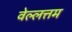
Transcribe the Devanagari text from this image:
वेल्लत्तम